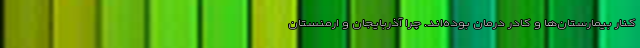
کنار بیمارستان‌ها و کادر درمان بوده‌اند. چرا آذربایجان و ارمنستان